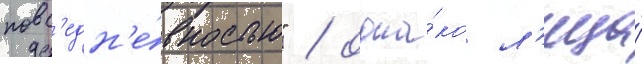
повс'едн'е́вностью" / одна́ко л'ица́